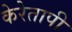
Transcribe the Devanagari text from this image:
केरेतापी